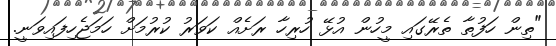
"ތިން ހަފުތާ ތެރޭގައި މީހުން އުޅޭ ހުރިހާ ރަށެއް ކަވަރު ކުރުމަށް ހަމަޖެހިފައިވަނީ.